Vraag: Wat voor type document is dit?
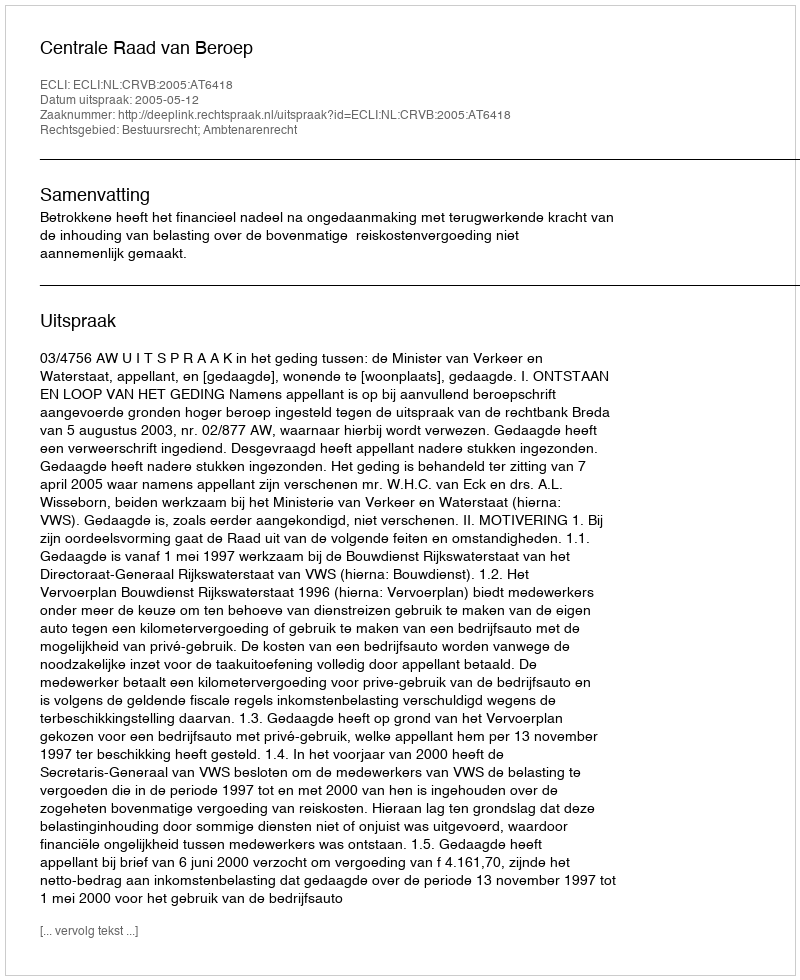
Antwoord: Uitspraak